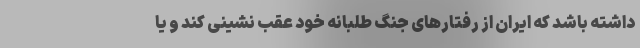
داشته باشد که ایران از رفتارهای جنگ طلبانه خود عقب نشینی کند و یا